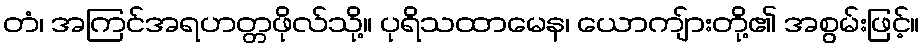
တံ၊ အကြင်အရဟတ္တဖိုလ်သို့။ ပုရိသထာမေန၊ ယောကျ်ားတို့၏ အစွမ်းဖြင့်။